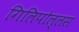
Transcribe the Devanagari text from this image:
गिलिपोल्लस